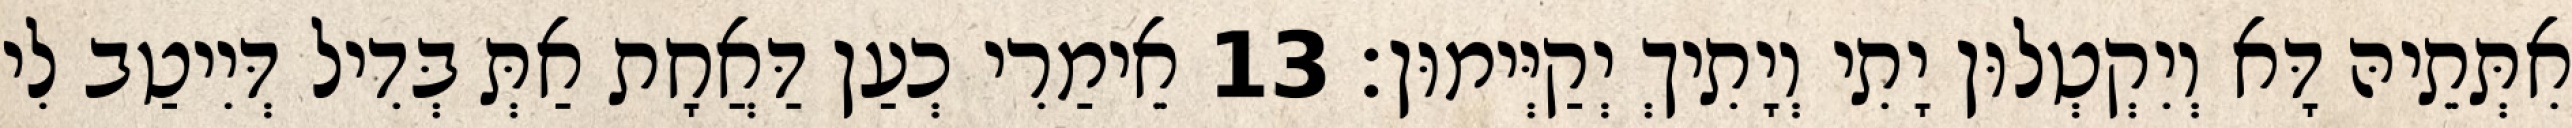
אִתְּתֵיהּ דָּא וְיִקְטְלוּן יָתִי וְיָתִיךְ יְקַיְּימוּן׃ 13 אֵימַרִי כְעַן דַּאֲחָת אַתְּ בְּדִיל דְּיִיטַב לִי